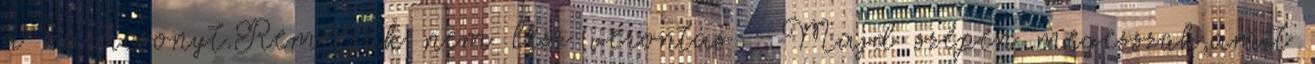
a karácsonyt.Reméljük nem lesz vérontás : Majd szépen megesszük,amit